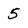
Character: 5